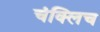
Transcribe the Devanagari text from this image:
चंक्लिच